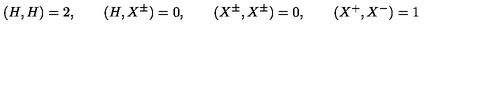
( H , H ) = 2 , \qquad ( H , X ^ { \pm } ) = 0 , \qquad ( X ^ { \pm } , X ^ { \pm } ) = 0 , \qquad ( X ^ { + } , X ^ { - } ) = 1